Vaccination in Bombay 1902-1912 - 1902-1912
Year: 1902
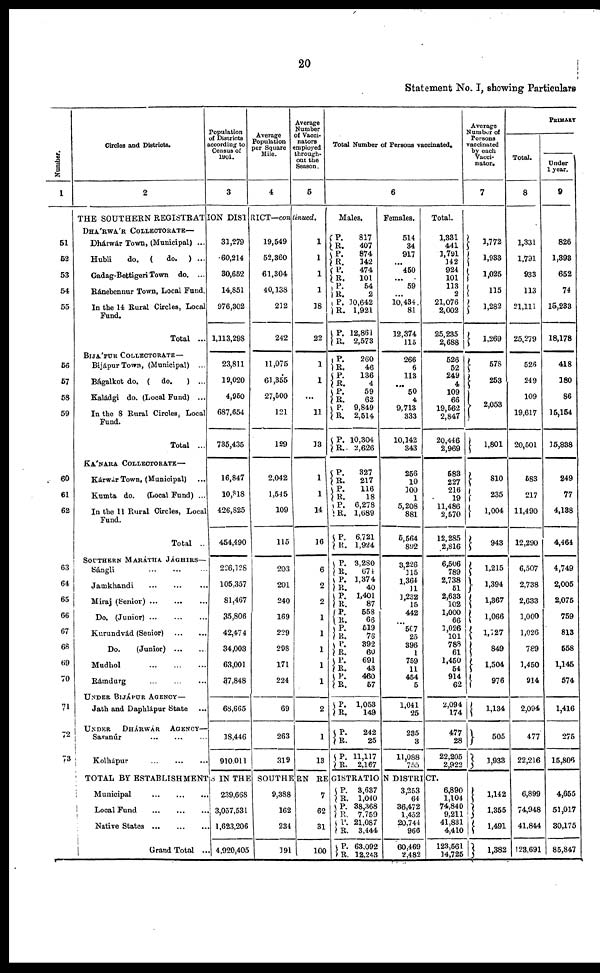
20
Statement No. I, showing Particulars
Number.
1
51
52
53
54
55
56
57
58
59
60
61
62
63
64
65
66
67
68
69
70
71
72
73
Circles and Districts.
2
Population
of Districts
according to
Census of
1901.
3
Average
Population
per Square
Mile.
4
Average
Number
of Vacci-
nators
employed
through-
out the
Season.
5
THE SOUTHERN REGISTRATION DISTRICT—continued.
DHÁRWÁR COLLECTORATE—
Dhárwár Town, (Municipal) ...
Hubli
do. (
do. ) ...
Gadag-Bettigeri Town do. ...
Ránebennur Town, Local Fund.
In the 14 Rural Circles, Local
Fund.
Total ...
BIJÁPUR COLLECTORATE—
Bijápur Town, (Municipal) ...
Bágalkot do. ( do.
) ...
Kaládgi do. (Local Fund) ...
In the 8 Rural Circles, Local
Fund.
Total ...
KÁNARA COLLECTORATE—
Kárwár Town, (Municipal) ...
Kumta do.
(Local Fund) ...
In the 11 Rural Circles, Local
Fund.
Total ..
SOUTHERN MARÁTHA JÁGHIRS—
Sángli
...
...
...
Jamkhandi ... ... ...
Miraj (Senior)
...
...
...
Do. (Junior)
...
...
...
Kurundvád (Senior)
...
...
Do.
(Junior)
...
...
Mudhol
...
...
...
Rámdurg ... ... ...
UNDER BIJÁPUR AGENCY—
Jath and Daphlápur State ...
UNDER
DHÁRWAR
AGENCY—
Savanúr
...
...
...
Kolhápur
...
...
...
31,279
60,214
30,652
14,851
976,302
1,113,298
23,811
19,020
4,950
687,654
735,435
16,847
10,818
426,825
454,490
226,128
105,357
81,467
35,806
42,474
34,003
63,001
37,848
68,665
18,446
910,011
19,549
52,360
61,304
40,138
212
242
11,075
61,355
27,500
121
129
2,042
1,545
109
115
203
201
240
169
229
298
171
224
69
263
319
1
1
1
1
18
22
1
1
...
11
13
1
1
14
16
6
2
2
1
1
1
1
1
2
1
13
Total Number of Persons vaccinated.
6
Males.
P.
R.
P.
R. P.
R.
P.
R.
P.
R.
P.
R.
P.
R.
P.
R.
P.
R. P.
R.
P.
R.
P.
R.
P.
R.
P.
R.
P.
R.
P.
R.
P.
R.
P.
R.
P. R.
P.
R.
P.
R.
P.
R.
P.
R.
P.
R.
P.
R.
P.
R.
817
407
874
142
474
101
54
2
10,642
1,921
12,861
2,573
260
46
136
4
59
62
9,849
2,514
10,304
2,626
327
217
116
18
6,278
1,689
6,721
1,924
3,280
674
1,374
40
1,401
87
558
66
519
76
392
60
691
43
460
57
1,053
149
242 25
11,117
2,167
Females.
514
34
917
... 450
...
59
... 10,434
81
12,374
115
266
6
113
...
50
4
9,713
333
10,142
343
256
10
100
1
5,208
881
5,564
892
3,226
115
1,364
11
1,232
15
442
...
507
25
396
1
759
11
454
5
1,041
25
235 3
11,088
755
Total.
1,331
441
1,791
142
924
101
113
2
21,076
2,002
25,235
2,688
526
52
249
4
109
66
19,562
2,847
20,446
2,969
583
227
216
19
11,486
2,570
12,285
2,816
6,506
789
2,738
51
2,633
102
1,000
66
1,026
101
788
61
1,450
54
914
62
2,094
174
477 28
22,205
2,922
TOTAL BY ESTABLISHMENTS IN THE SOUTHERN REGISTRATION DISTRICT.
Municipal
...
...
...
Local
Fund
...
...
...
Native States ... ... ...
Grand Total ...
239,668
3,057,531
1,623,206
4,920,405
9,388
162
234
191
7
62
31
100
P.
R.
P.
R.
P.
R.
P.
R.
3,637
1,040
38,368
7,759
21,087
3,444
63,092
12,243
3,253
64
36,472
1,452
20,744
966
60,469
2,482
6,890
1,104
74,840
9,211
41,831
4,410
123,561
14,725
Average
Number of
Persons
vaccinated
by each
Vacci-
nator.
7
1,772
1,933
1,025
115
1,282
1,269
578
253
2,053
1,801
810
235
1,004
943
1,215
1,394
1,367
1,066
1,127
849
1,504
976
1,134
505
1,933
1,142
1,355
1,491
1,382
PRIMARY
Total.
8
1,331
1,791
933
113
21,111
25,279
526
249
109
19,617
20,501
583
217
11,490
12,290
6,507
2,738
2,633
1,000
1,026
789
1,450
914
2,094
477
22,216
6,899
74,948
41,844
123,691
Under
1 year.
9
826
1,393
652
74
15,233
18,178
418
180
86
15,154
15,838
249
77
4,138
4,464
4,749
2,005
2,075
759
813
558
1,145
574
1,416
275
15,806
4,655
51,017
30,175
85,847